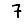
Digit: 7